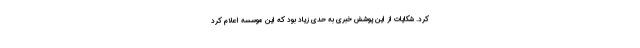
کرد. شکایات از این پوشش خبری به حدی زیاد بود که این موسسه اعلام کرد